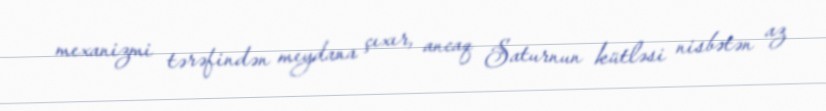
mexanizmi tərəfindən meydana çıxır, ancaq Saturnun kütləsi nisbətən az